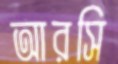
আরসি